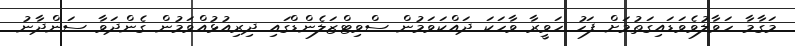
މަގާމާ ހަވާލުވެވަޑައިގަތުމަށް ފަހު ހަވީރާ ވާހަކަ ދައްކަވަމުން ސްވިޓްޒަލެންޑްގައި ދިރިއުޅުއްވަމުން ގެންދަވާ ސަންދާނު